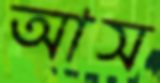
আস